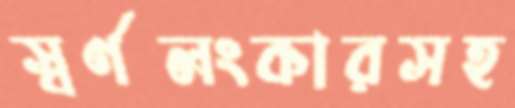
স্বর্ণলংকারসহ